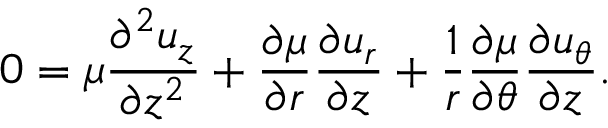
0 = \mu \frac { \partial ^ { 2 } u _ { z } } { \partial z ^ { 2 } } + \frac { \partial \mu } { \partial r } \frac { \partial u _ { r } } { \partial z } + \frac { 1 } { r } \frac { \partial \mu } { \partial \theta } \frac { \partial u _ { \theta } } { \partial z } .